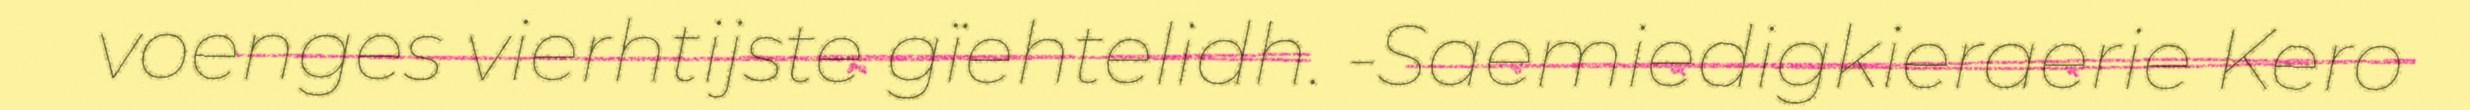
voenges vierhtijste gïehtelidh. -Saemiedigkieraerie Kero